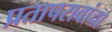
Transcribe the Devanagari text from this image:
प्रतापरावांचा